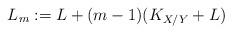
LaTeX: \begin{align*}L_m:= L+ (m-1)(K_{X/Y}+ L)\end{align*}